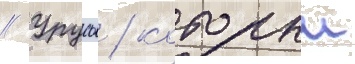
// Урусов / которыи